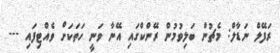
ރަފޭލް ނަޑާލް: މެޗުން ބަލިވުމުން ރޭންކްގައި އޭނާ ވަނީ ހަތަކަށް ވެއްޓިފައި ---